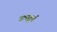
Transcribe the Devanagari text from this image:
उत्स्फ़ूर्त